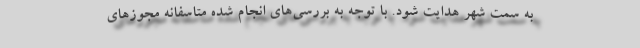
به سمت شهر هدایت شود. با توجه به بررسی‌های انجام شده متاسفانه مجوزهای